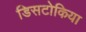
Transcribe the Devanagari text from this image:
डिसटोकिया